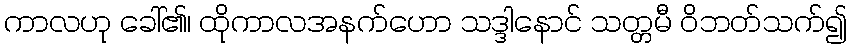
ကာလဟု ခေါ်၏၊ ထိုကာလအနက်ဟော သဒ္ဒါနောင် သတ္တမီ ဝိဘတ်သက်၍